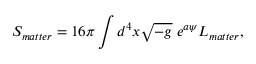
S _ { m a t t e r } = 1 6 \pi \int d ^ { 4 } x \sqrt { - g } \; e ^ { a \psi } L _ { m a t t e r } ,